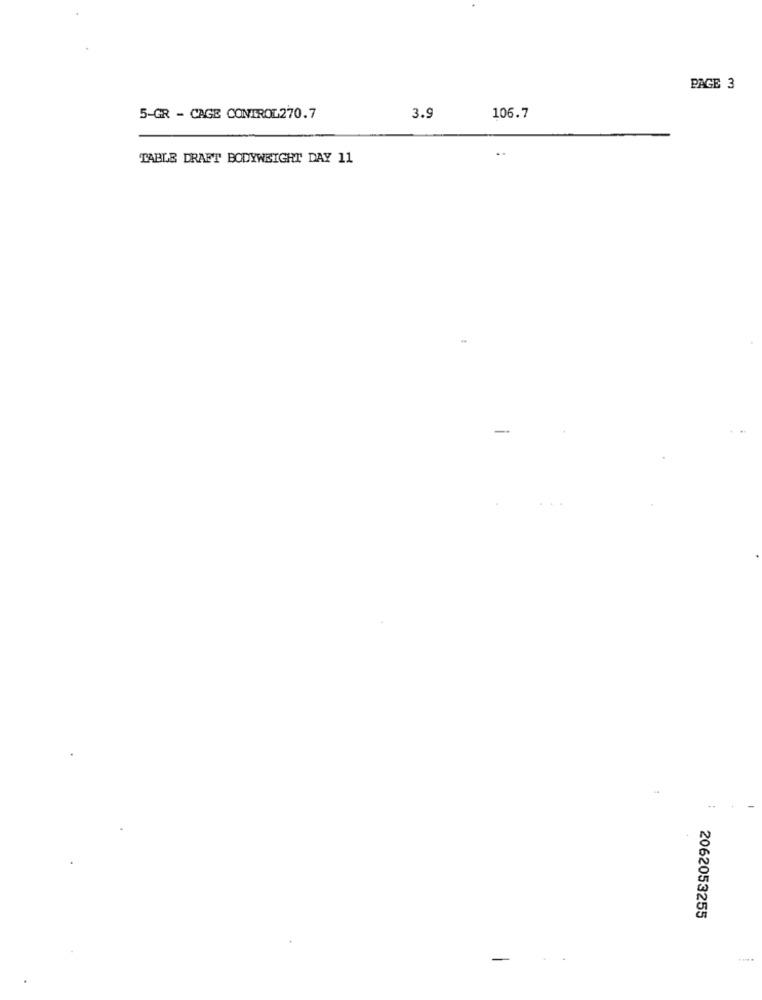
PAGE 3
5-GR - CAGE CONTROL270.7
3.9
106.7
TABLE DRAFT BODYWEIGHT DAY 11
-
2062053255